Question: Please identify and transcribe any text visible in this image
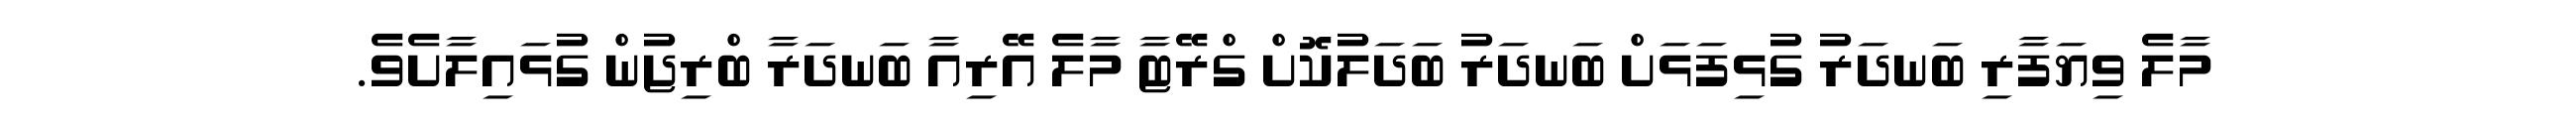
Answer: މާލެ ވިޔަފާރި ބަނދަރު ގުޅިފަޅަށް ބަނދަރު ބަދަލުކޮށް ގްރޭޓާ މާލެ އޭރިއާ ބަނދަރާ ބްރިޖުން ގުޅައިލާށެވެ.